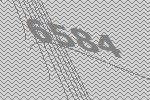
6584